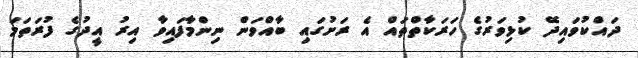
ދައްކުވައިދޭ ކުޅިވަރުގެ ހަރަކާތްތައް އެ ރަށުގައި ބާއްވަން ނިންމާފައިވާ އިރު އީދުގެ ފުރަތަމަ